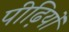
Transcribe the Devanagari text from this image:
पीढ़ियों